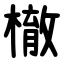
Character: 㯙